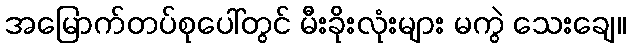
အမြောက်တပ်စုပေါ်တွင် မီးခိုးလုံးများ မကွဲ သေးချေ။